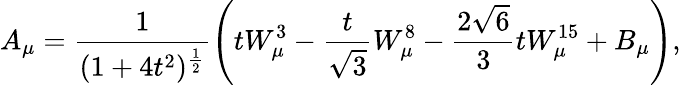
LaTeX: A_{\mu}=\frac{1}{(1+4t^{2})^{\frac{1}{2}}}\left(tW_{\mu}^{3}-\frac{t}{\sqrt 3}W_{\mu}^{8}-\frac{2\sqrt 6}{3}tW_{\mu}^{15}+B_{\mu}\right),